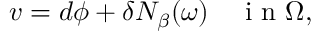
v = d \phi + \delta N _ { \beta } ( \omega ) \quad \mathrm { ~ i ~ n ~ } \Omega ,